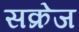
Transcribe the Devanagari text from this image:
सक्रेज